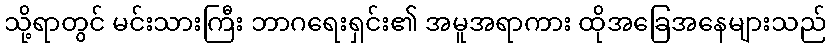
သို့ရာတွင် မင်းသားကြီး ဘာဂရေးရှင်း၏ အမူအရာကား ထိုအခြေအနေများသည်